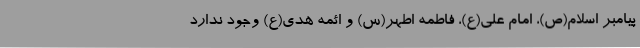
پیامبر اسلام(ص)، امام علی(ع)، فاطمه اطهر(س) و ائمه هدی(ع) وجود ندارد